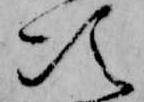
次